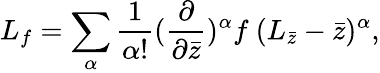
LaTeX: L_{f}=\sum_{\alpha}\frac{1}{\alpha!}(\frac{\partial}{\partial\bar{z}})^{\alpha}f\ (L_{\bar{z}}-\bar{z})^{\alpha},